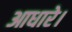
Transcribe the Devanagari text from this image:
आधारे।